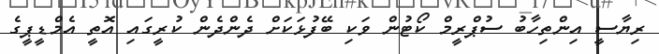
ރިޔާސީ އިންތިހާބު ސުޕްރީމް ކޯޓުން ވަކި ބޭފުޅަކަށް ދެންދެން ކުރީގައި އޮތީ އެމްޑީޕީގެ